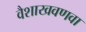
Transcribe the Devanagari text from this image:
वैशाखवणवा